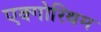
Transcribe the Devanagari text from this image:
एक्गोरिथम